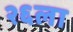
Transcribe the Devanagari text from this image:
२६ला